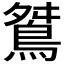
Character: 𪀾